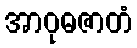
အာဝုဓဇာတံ